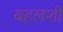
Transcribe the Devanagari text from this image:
बहलशी